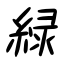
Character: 緑